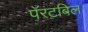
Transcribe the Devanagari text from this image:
पॅरटबिल